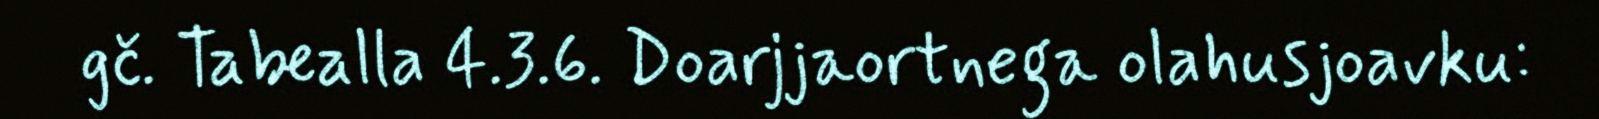
gč. Tabealla 4.3.6. Doarjjaortnega olahusjoavku: